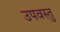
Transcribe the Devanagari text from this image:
उपवस्तु